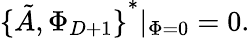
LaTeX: {\{ \tilde{A},\Phi_{D+1}\} }^{*}\vert_{\Phi=0}=0.